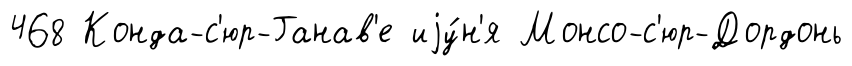
468 Конда-с'юр-Ганав'е иjу́н'я Монсо-с'юр-Дордонь